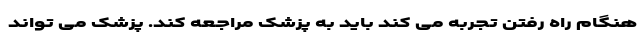
هنگام راه رفتن تجربه می کند باید به پزشک مراجعه کند. پزشک می تواند